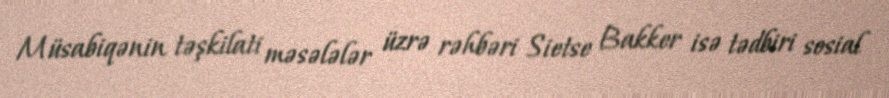
Müsabiqənin təşkilati məsələlər üzrə rəhbəri Sietse Bakker isə tədbiri sosial